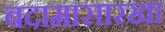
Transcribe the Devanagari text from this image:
बदामासारखा